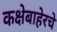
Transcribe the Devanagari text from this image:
कक्षेबाहेरचे